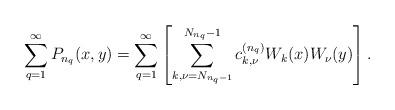
LaTeX: \begin{align*}\sum_{q=1}^\infty P_{n_q}(x,y)=\sum_{q=1}^\infty\left[\sum_{k,\nu=N_{n_q-1}}^{N_{n_q}-1}c_{k,\nu}^{(n_q)}W_k(x)W_\nu(y) \right].\end{align*}